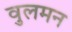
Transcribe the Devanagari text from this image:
वुलमन